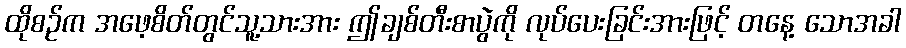
ထိုစဉ်က အဖေ့စိတ်တွင်သူ့သားအား ဤချစ်တီးစာပွဲကို လုပ်ပေးခြင်းအားဖြင့် တနေ့ သောအခါ